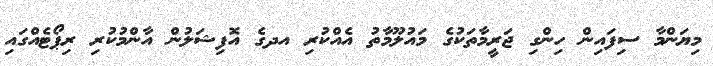
މިޔަންމާ ސިފައިން ހިންގި ޖަރީމާތަކުގެ މައުލޫމާތު އެއްކުރި އދގެ އޮފިޝަލުން އާންމުކުރި ރިޕޯޓެއްގައި